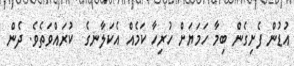
އުޑުން ފެށިގެން ބިމާ ހަމަޔަށް ހުރިހާ ކަމެއް އެކަލާނގެ  ކުރައްވަތެވެ. ދެން